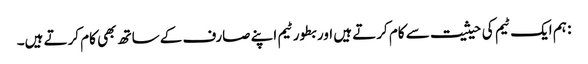
: ہم ایک ٹیم کی حیثیت سے کام کرتے ہیں اور بطور ٹیم اپنے صارف کے ساتھ بھی کام کرتے ہیں۔